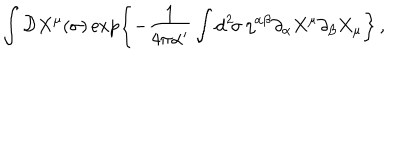
\int { \cal D } X ^ { \mu } ( \sigma ) \exp \left\{ - \frac { 1 } { 4 \pi \alpha ^ { \prime } } \int \mathrm { d } ^ { 2 } \! \sigma \, \eta ^ { \alpha \beta } \partial _ { \alpha } X ^ { \mu } \partial _ { \beta } X _ { \mu } \right\} \, ,